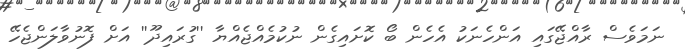
ނަމަވެސް ރާއްޖޭގައި އަންހެނަކު އެހެން ބޯ ކޮށައިގެން ނުކުމެއްޖެއްޔާ ''ގުރައިދޫ'' އަށް ފޮނުވާލަންޖެހޭ